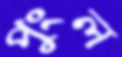
পুংল